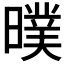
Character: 𣊪